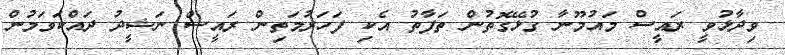
ވިދާޅުވީ ރައީސް މައުމޫނާ ގުޅޭގޮތުން ތަފާތު އެކި ފަހަރުމަތިން ރައީސް ނަޝީދު ދައްކަވަމުން